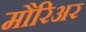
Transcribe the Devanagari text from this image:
मौरिअर